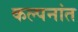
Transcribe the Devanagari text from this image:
कल्पनांत